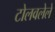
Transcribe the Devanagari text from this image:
टोलवलेले